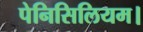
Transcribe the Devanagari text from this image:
पेनिसिलियम।